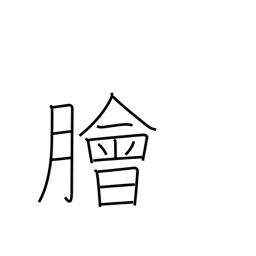
Meaning: raw fish salad